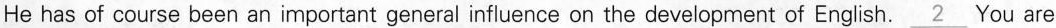
He has of course been an important general influence on the development of English. \underline{2} You are